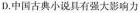
D.中国古典小说具有强大影响力